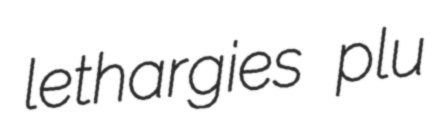
lethargies plu